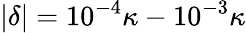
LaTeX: |\delta|=10^{-4}\kappa-10^{-3}\kappa